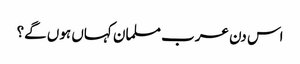
اس دن عرب مسلمان کہاں ہوں گے؟